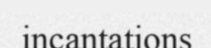
incantations